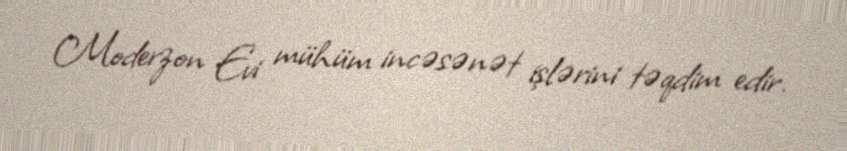
Moderzon Evi mühüm incəsənət işlərini təqdim edir.